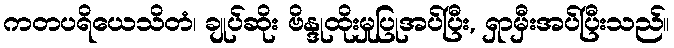
ကတပရိယေသိတံ၊ ချုပ်ဆိုး ဗိန္ဒုထိုးမှုပြုအပ်ပြီး, ရှာမှီးအပ်ပြီးသည်။